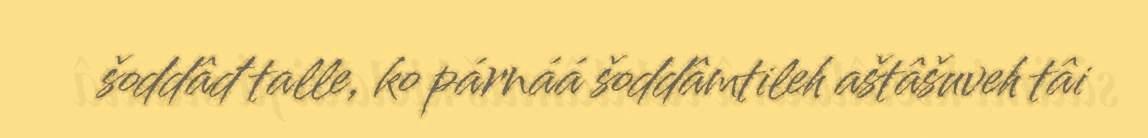
šoddâđ talle, ko párnáá šoddâmtileh aštâšuveh tâi